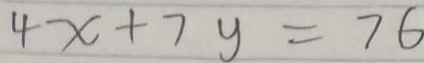
4 x + 7 y = 7 6